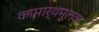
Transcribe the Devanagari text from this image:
कामार्थमूलक